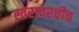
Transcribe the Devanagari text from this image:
स्तरावरचीच